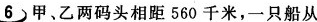
6 甲、乙两码头相距 560 千米，一只船从